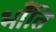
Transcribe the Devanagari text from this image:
भॉंति